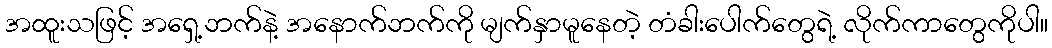
အထူးသဖြင့် အရှေ့ဘက်နဲ့ အနောက်ဘက်ကို မျက်နှာမူနေတဲ့ တံခါးပေါက်တွေရဲ့ လိုက်ကာတွေကိုပါ။